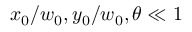
x _ { 0 } / w _ { 0 } , y _ { 0 } / w _ { 0 } , \theta \ll 1